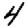
Digit: 4